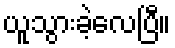
ယူသွားခဲ့လေပြီ။